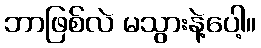
ဘာဖြစ်လဲ မသွားနဲ့ပေါ့။